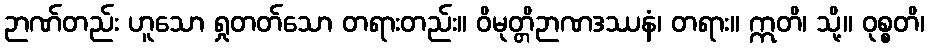
ဉာဏ်တည်း ဟူသော ရှုတတ်သော တရားတည်း။ ဝိမုတ္တိဉာဏဒဿနံ၊ တရား။ ဣတိ၊ သို့။ ဝုစ္စတိ၊